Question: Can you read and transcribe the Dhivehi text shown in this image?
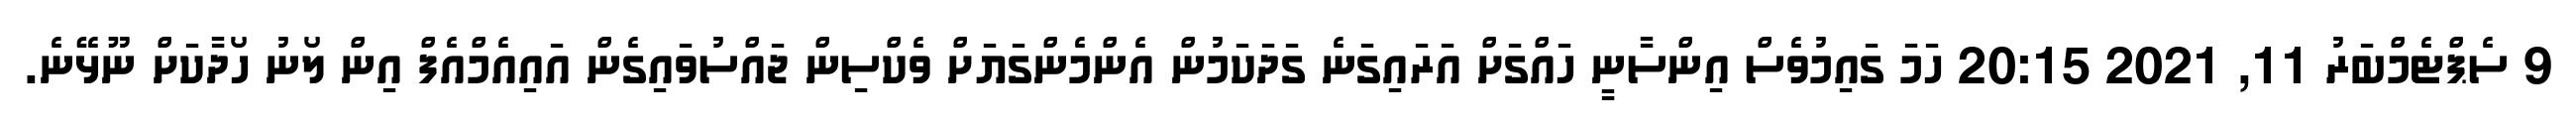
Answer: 9 ސެޕްޓެމްބަރު 11, 2021 20:15 ހަމަ ގައިމުވެސް އިންސާނީ ހައްގަށް އަރައިގަނެ ގަދަކަމުން އެންމެންގަޔަށް ވެކްސިން ޖައްސުވައިގެން އައިއެމްއެފް އިން ލޯނު ހޯދާކަށް ނޫޅޭނެ.